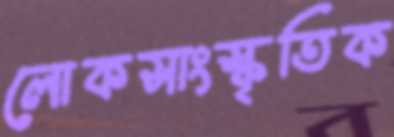
লোকসাংস্কৃতিক